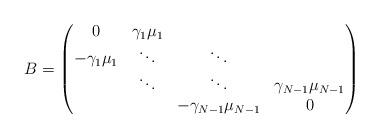
LaTeX: \begin{align*}B =\begin{pmatrix} 0 & \gamma_1\mu_1 & & \\- \gamma_1\mu_1 & \ddots & \ddots & \\& \ddots & \ddots & \gamma_{N-1}\mu_{N-1}\\& &- \gamma_{N-1}\mu_{N-1} & 0\end{pmatrix}\end{align*}